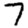
Digit: 7